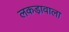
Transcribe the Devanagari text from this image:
लकड़ावाला